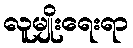
လူမျိုးရေးရာ